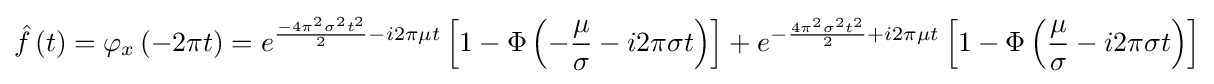
{\hat {f}}\left(t\right)=\varphi _{x}\left(-2\pi t\right)=e^{{\frac {-4\pi ^{2}\sigma ^{2}t^{2}}{2}}-i2\pi \mu t}\left[1-\Phi \left(-{\frac {\mu }{\sigma }}-i2\pi \sigma t\right)\right]+e^{-{\frac {4\pi ^{2}\sigma ^{2}t^{2}}{2}}+i2\pi \mu t}\left[1-\Phi \left({\frac {\mu }{\sigma }}-i2\pi \sigma t\right)\right]